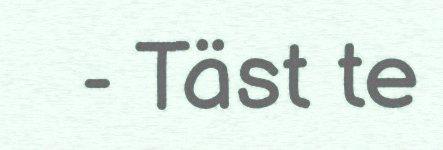
- Täst te